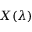
X ( \lambda )